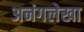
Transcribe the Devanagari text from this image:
अनंगलेखा